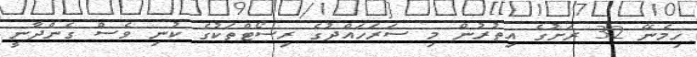
ހިމެނޭ 32 ރަށުގެ އިތުރުން މި ސަރަހައްދުގެ ރިސޯޓްތަކުގެ ކުނި ވެސް ގެންދާނީ